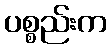
ပစ္စည်းက